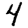
Digit: 4